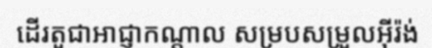
ដើរតួជាអាជ្ញាកណ្តាល សម្របសម្រួលអ៊ីរ៉ង់